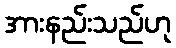
အားနည်းသည်ဟု